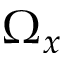
\Omega _ { x }